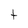
Character: t